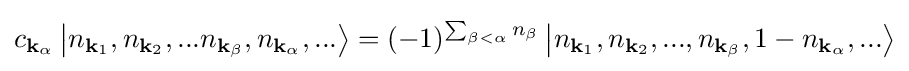
c_{\mathbf {k} _{\alpha }}\left|n_{\mathbf {k} _{1}},n_{\mathbf {k} _{2}},...n_{\mathbf {k} _{\beta }},n_{\mathbf {k} _{\alpha }},...\right\rangle =(-1)^{\sum _{\beta <\alpha }n_{\beta }}\left|n_{\mathbf {k} _{1}},n_{\mathbf {k} _{2}},...,n_{\mathbf {k} _{\beta }},1-n_{\mathbf {k} _{\alpha }},...\right\rangle